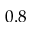
0 . 8